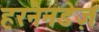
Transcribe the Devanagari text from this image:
हरनैनडेज़